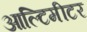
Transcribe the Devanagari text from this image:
आल्टिमीटर